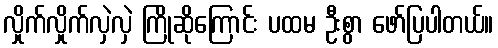
လှိုက်လှိုက်လှဲလှဲ ကြိုဆိုကြောင်း ပထမ ဦးစွာ ဖော်ပြပါတယ်။